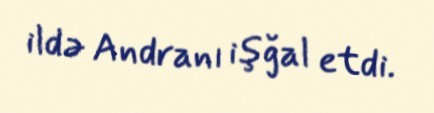
ildə Andranı işğal etdi.